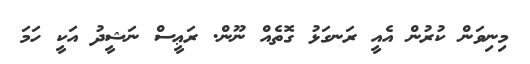
މިނިވަން ކުރުން އެއީ ރަނގަޅު ގޮތެއް ނޫން. ރަޢީސް ނަޝީދު އަކީ ހަމަ